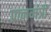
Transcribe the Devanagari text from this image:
प्रानमंत्री